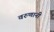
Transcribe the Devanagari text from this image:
वरुणानी